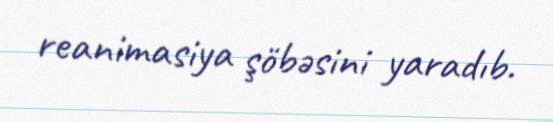
reanimasiya şöbəsini yaradıb.